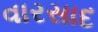
વારસાદ